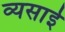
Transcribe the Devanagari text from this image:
व्यसाई